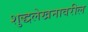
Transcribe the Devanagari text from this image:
शुद्धलेखनावरील